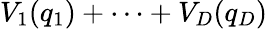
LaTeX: V_{1}(q_{1})+\cdots+V_{D}(q_{D})